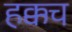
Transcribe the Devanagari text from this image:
हक्कच